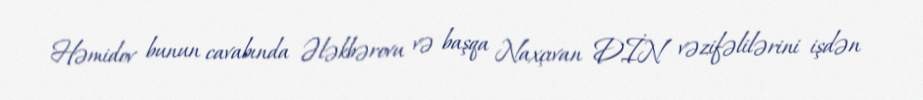
Həmidov bunun cavabında Ələkbərovu və başqa Naxçıvan DİN vəzifəlilərini işdən